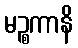
မဉ္စကာနိ